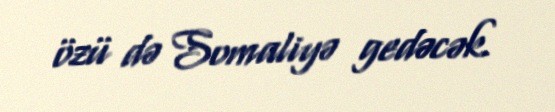
özü də Somaliyə gedəcək.